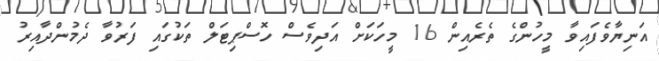
އަނިޔާވެފައިވާ މީހުންގެ ތެރެއިން 16 މީހަކަށް އަދިވެސް ހޮސްޕިޓަލް ތަކުގައި ފަރުވާ ދެމުންދާއިރު